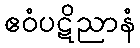
ဧဝံပဋိညာနံ